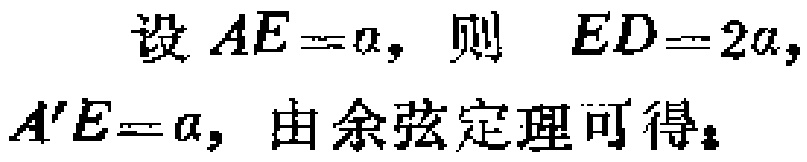
设 \(AE = a\)，则 \(ED = 2a\)，
\(A'E = a\)，由余弦定理可得：